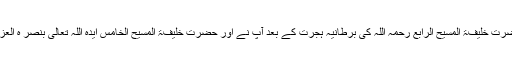
اس کے بعد بالخصوص 1984ء میں حضرت خلیفۃ المسیح الرابع رحمہ اللہ کی برطانیہ ہجرت کے بعد آپؒ نے اور حضرت خلیفۃ المسیح الخامس ایدہ اللہ تعالیٰ بنصر ہ العزیزنے دورے زیادہ کثرت سے کیے ہیں۔